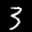
Label: 3